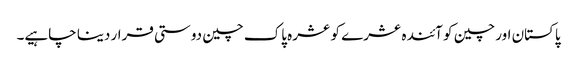
پاکستان اور چین کو آئندہ عشرے کو عشرہ پاک چین دوستی قرار دینا چاہیے۔